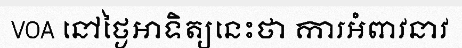
VOA នៅថ្ងៃអាទិត្យនេះថា ការអំពាវនាវ